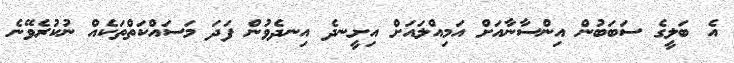
އެ ބަލީގެ ސަބަބުން އިންސާނާއަށް އަމިއްލައަށް އިށީނދެ އިނދެވުން ފަދަ މަސައްކަތްތަކެއް ނުކުރެވޭނެ